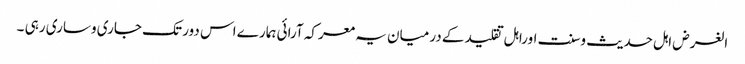
الغرض اہل حدیث وسنت اوراہل تقلید کے درمیان یہ معرکہ آرائی ہمارے اس دور تک جاری وساری رہی ۔